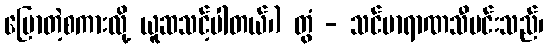
ပြောတဲ့စကားလို့ ယူဆသင့်ပါတယ်၊) တွံ - သင်ဗာရာဏသီမင်းသည်၊